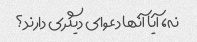
نه، آیا آنها دعوای دیگری دارند؟